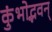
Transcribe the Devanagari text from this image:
कुंभोद्भवन्